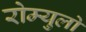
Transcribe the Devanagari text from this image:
रोम्युलो